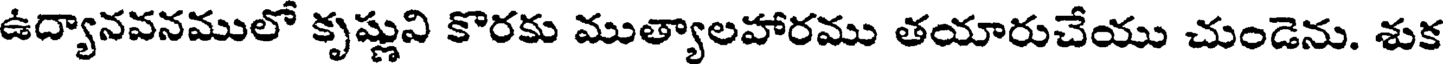
ఉద్యానవనములో కృష్ణుని కొరకు ముత్యాలహారము తయారుచేయు చుండెను. శుక